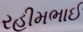
રહીમભાઈ